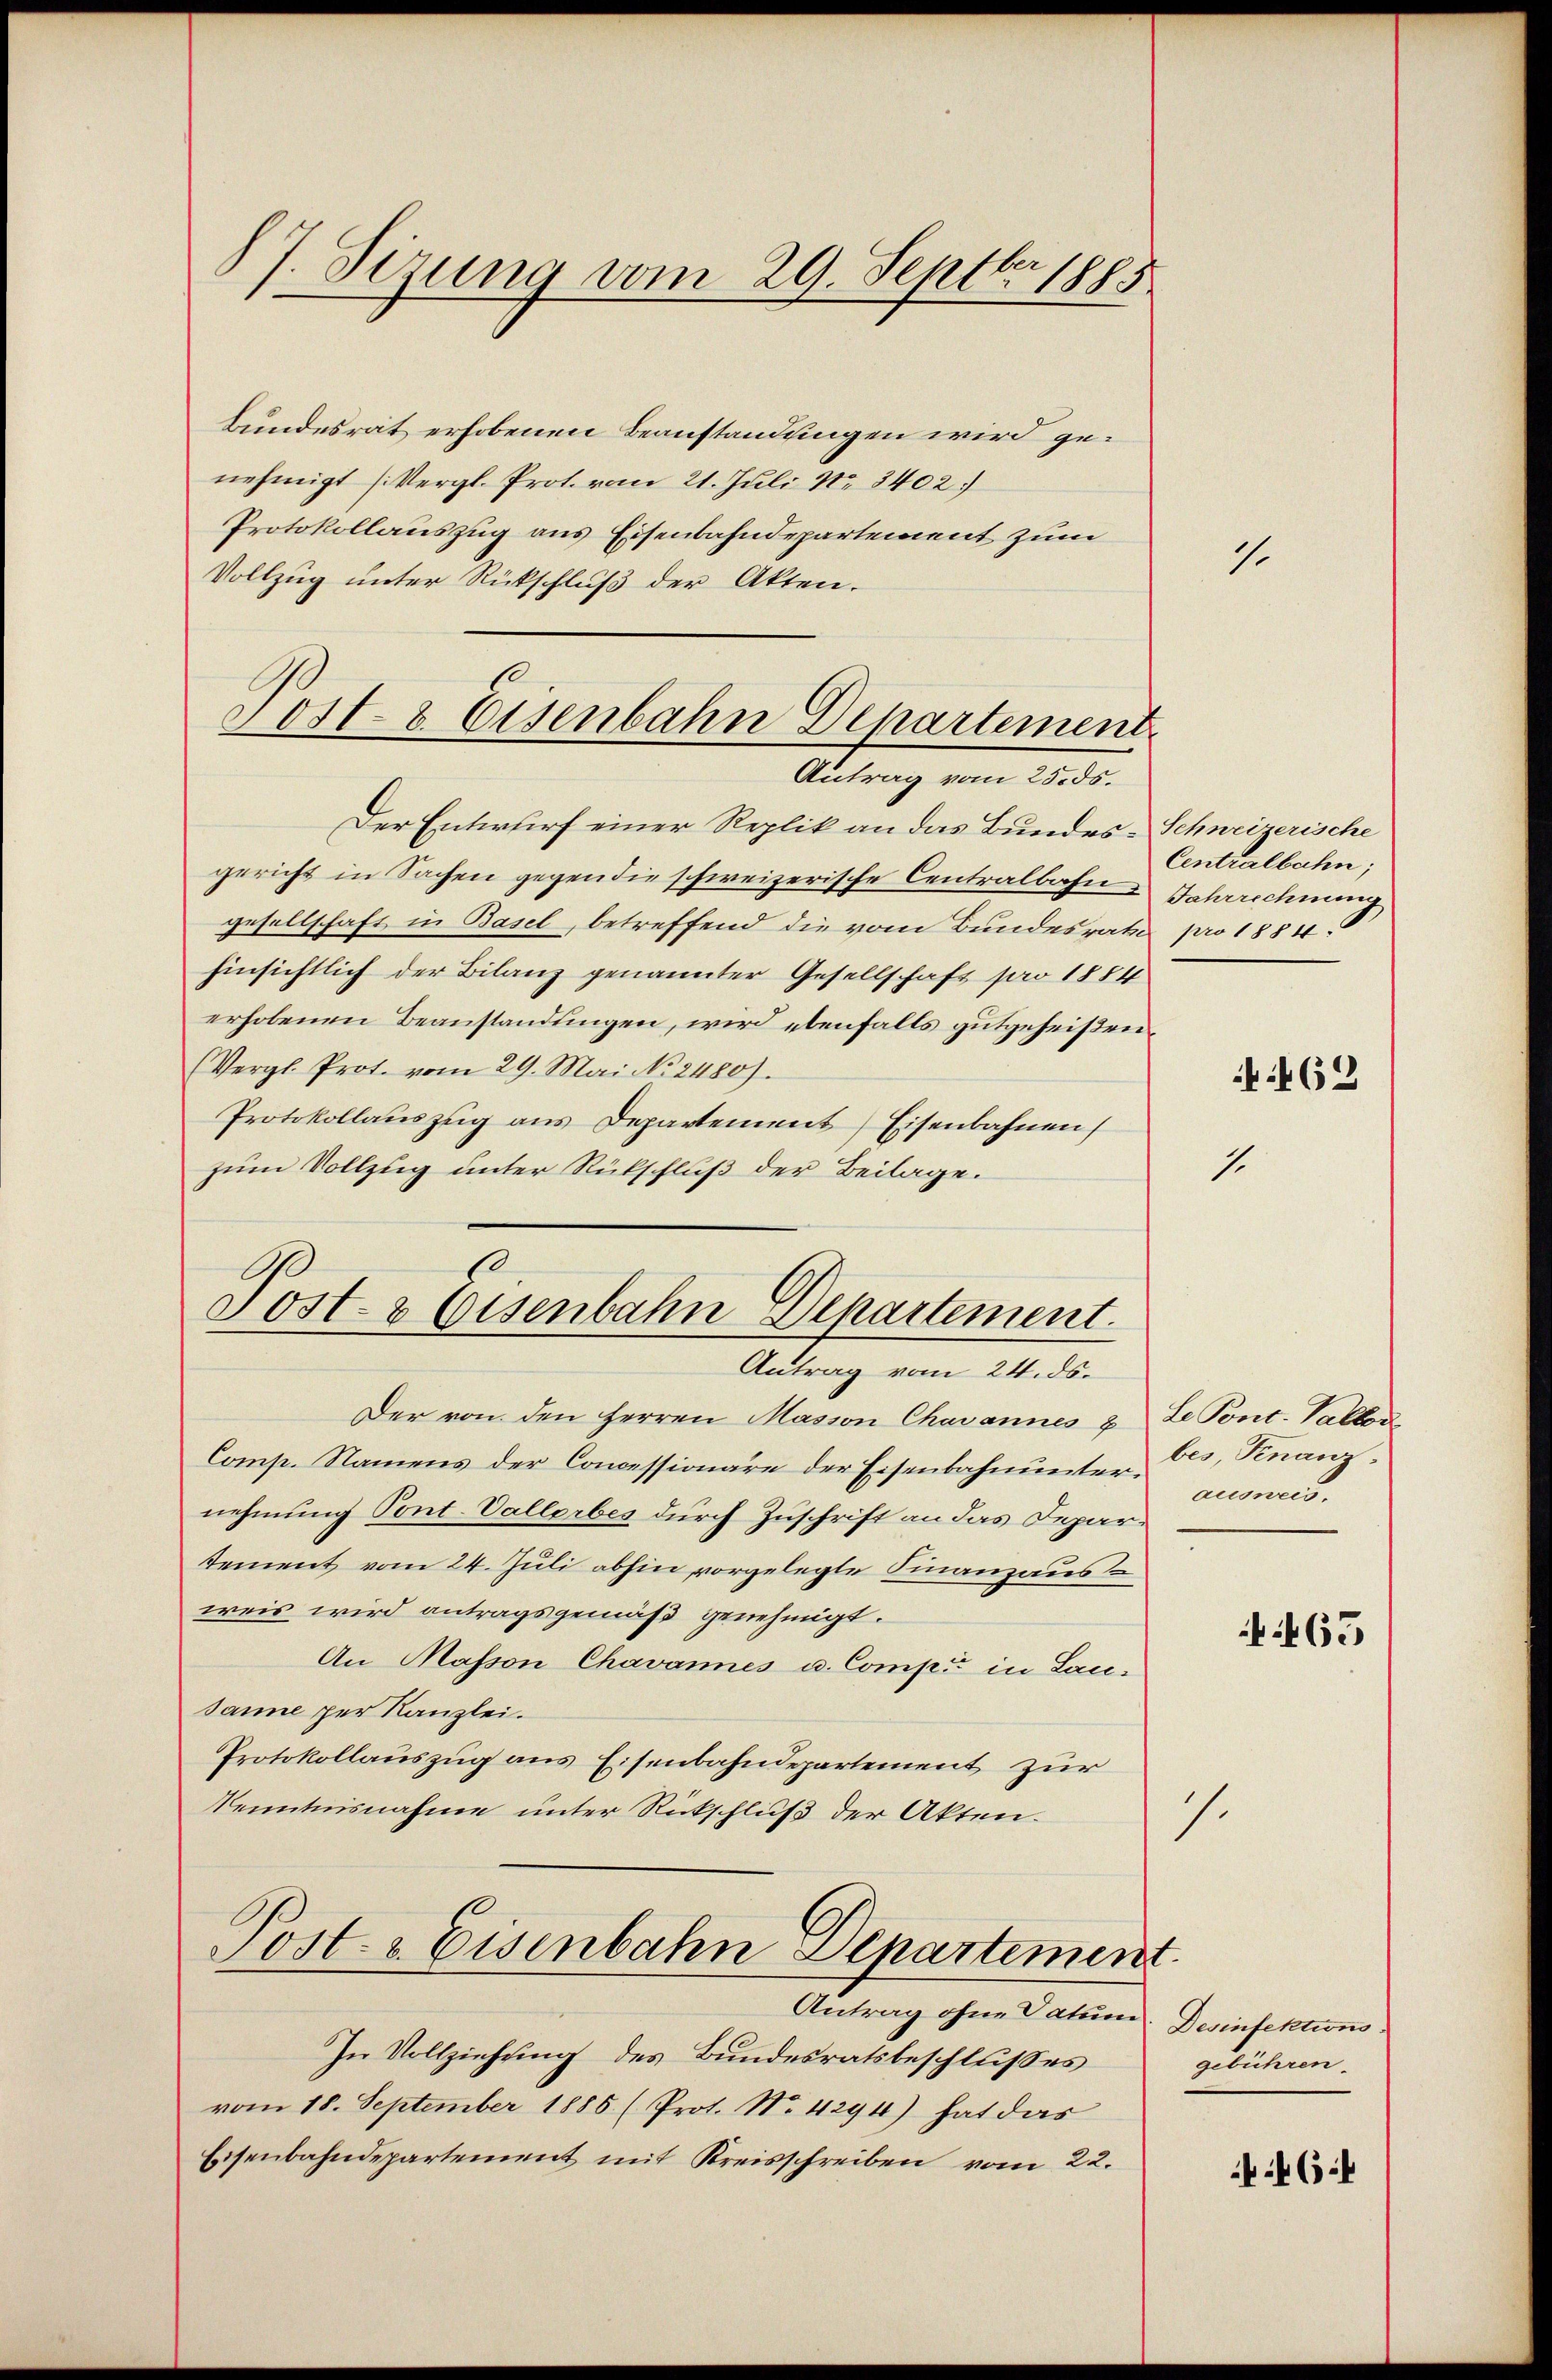
87. Sizung vom 29. Septbr. 1885

Bundesrat erhobenen Beanstandungen wird genehmigt (Vergl. Prot. vom 21. Juli No 3402)
Protokollauszug aus Eisenbahndepartement zum
Vollzug unter Rückschluß der Akten.

Sost- 8 Eisenbahn Departement
Antrag vom 25. ds.

Der Entwurf einer Replik an das Bundes-Schweizerische
gericht in Sachen gegen die schweizerische Centralbahn Jahrrechnung,
gesellschaft in Basel, betreffend die vom Bundesrath pro 1884.
hinsichtlich der Bilanz genannter Gesellschaft par 1884
erhobenen Beanstandungen, wird ebenfalls gutgeheißen
(Vergl. Prot. vom 29. Mai No 2480).
Protokollauszug aus Departement Eisenbahnen
zum Vollzug unter Rückschluß der Beilage.

.
Post- & Eisenbahn Departement.
Antrag vom 24. ds.

Der von den Herren Masion Chavannes & Le Pont. Valt
Comp. Namens der Concessionäre der Eisenbahnunter es, Finanznehmung Pont. Vallerbes durch Zuschrift an das Departement vom 24. Juli abhin vorgelegte Finanzaus
weis wird antragsgemäß genehmigt.
An Masson Chavannes u. Comp. in Lau-
sanne per Kanzlei.
Protokollauszug aus Eisenbahndepartement zur
Kenntnisnahme unter Rückschluß der Akten.

Post- & Eisenbahn Departement

Antrag ohne Datum
In Vollziehung des Bundesratsbeschlusses
vom 18. September 1885 (Prot. No. 4294) hat das
Eisenbahndepartement mit Kreisschreiben vom 22.

1.

1.

Centralbahn;

:462

1.

ausweis.

63

Desinfektionsgebühren.

C